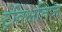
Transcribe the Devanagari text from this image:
ट्रेक्क्षितिज